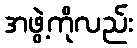
အဖွဲ့ကိုလည်း